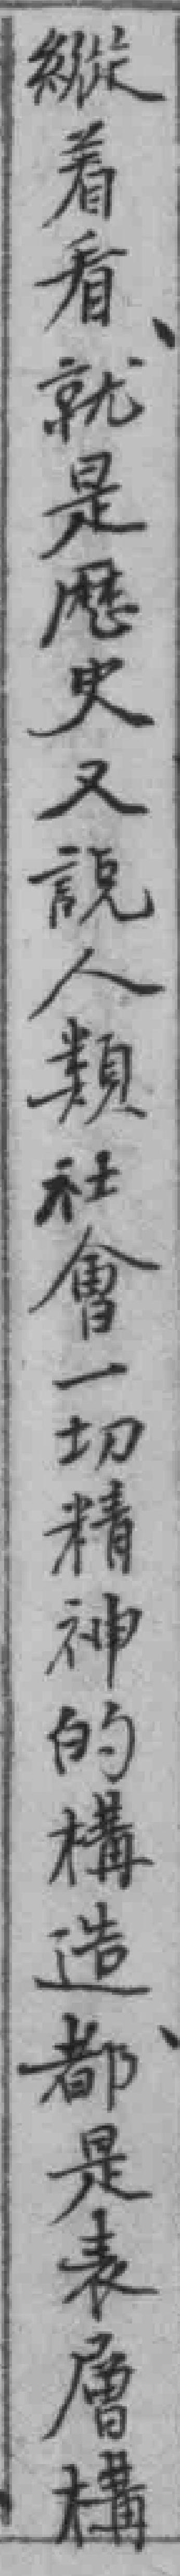
縱着看就是應史又說人類社會一切精神的構造都是表層構